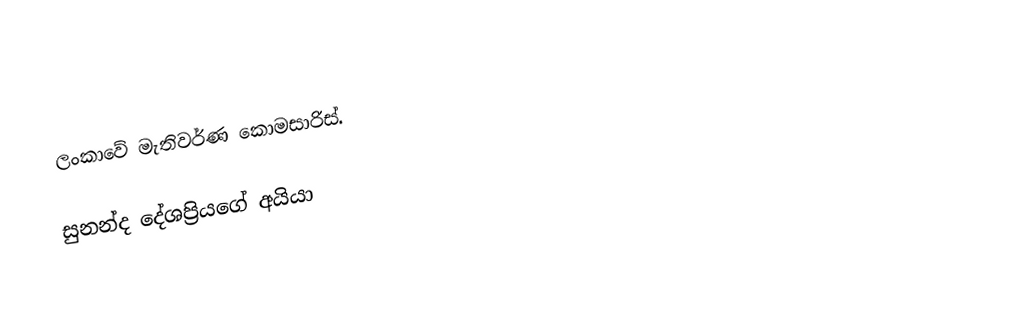
ලංකාවේ මැතිවර්ණ කොමසාරිස්.

සුනන්ද දේශප්‍රියගේ අයියා